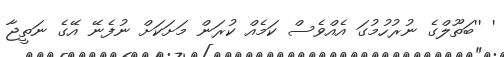
' ''ބަތޫލްގެ ނުރުހުމުގަ އެއްވެސް ކަމެއް ކުރަން މަށަކަށް ނުފެނޭ އޭގެ ނަތީޖާ